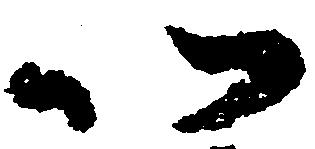
以